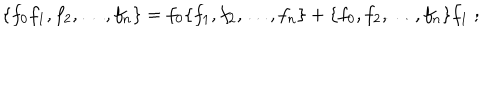
\{ f _ { 0 } f _ { 1 } , f _ { 2 } , \ldots , f _ { n } \} = f _ { 0 } \{ f _ { 1 } , f _ { 2 } , \ldots , f _ { n } \} + \{ f _ { 0 } , f _ { 2 } , \ldots , f _ { n } \} f _ { 1 } \; ;